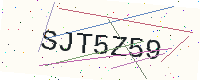
Text: SJT5Z59